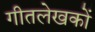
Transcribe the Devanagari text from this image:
गीतलेखकों